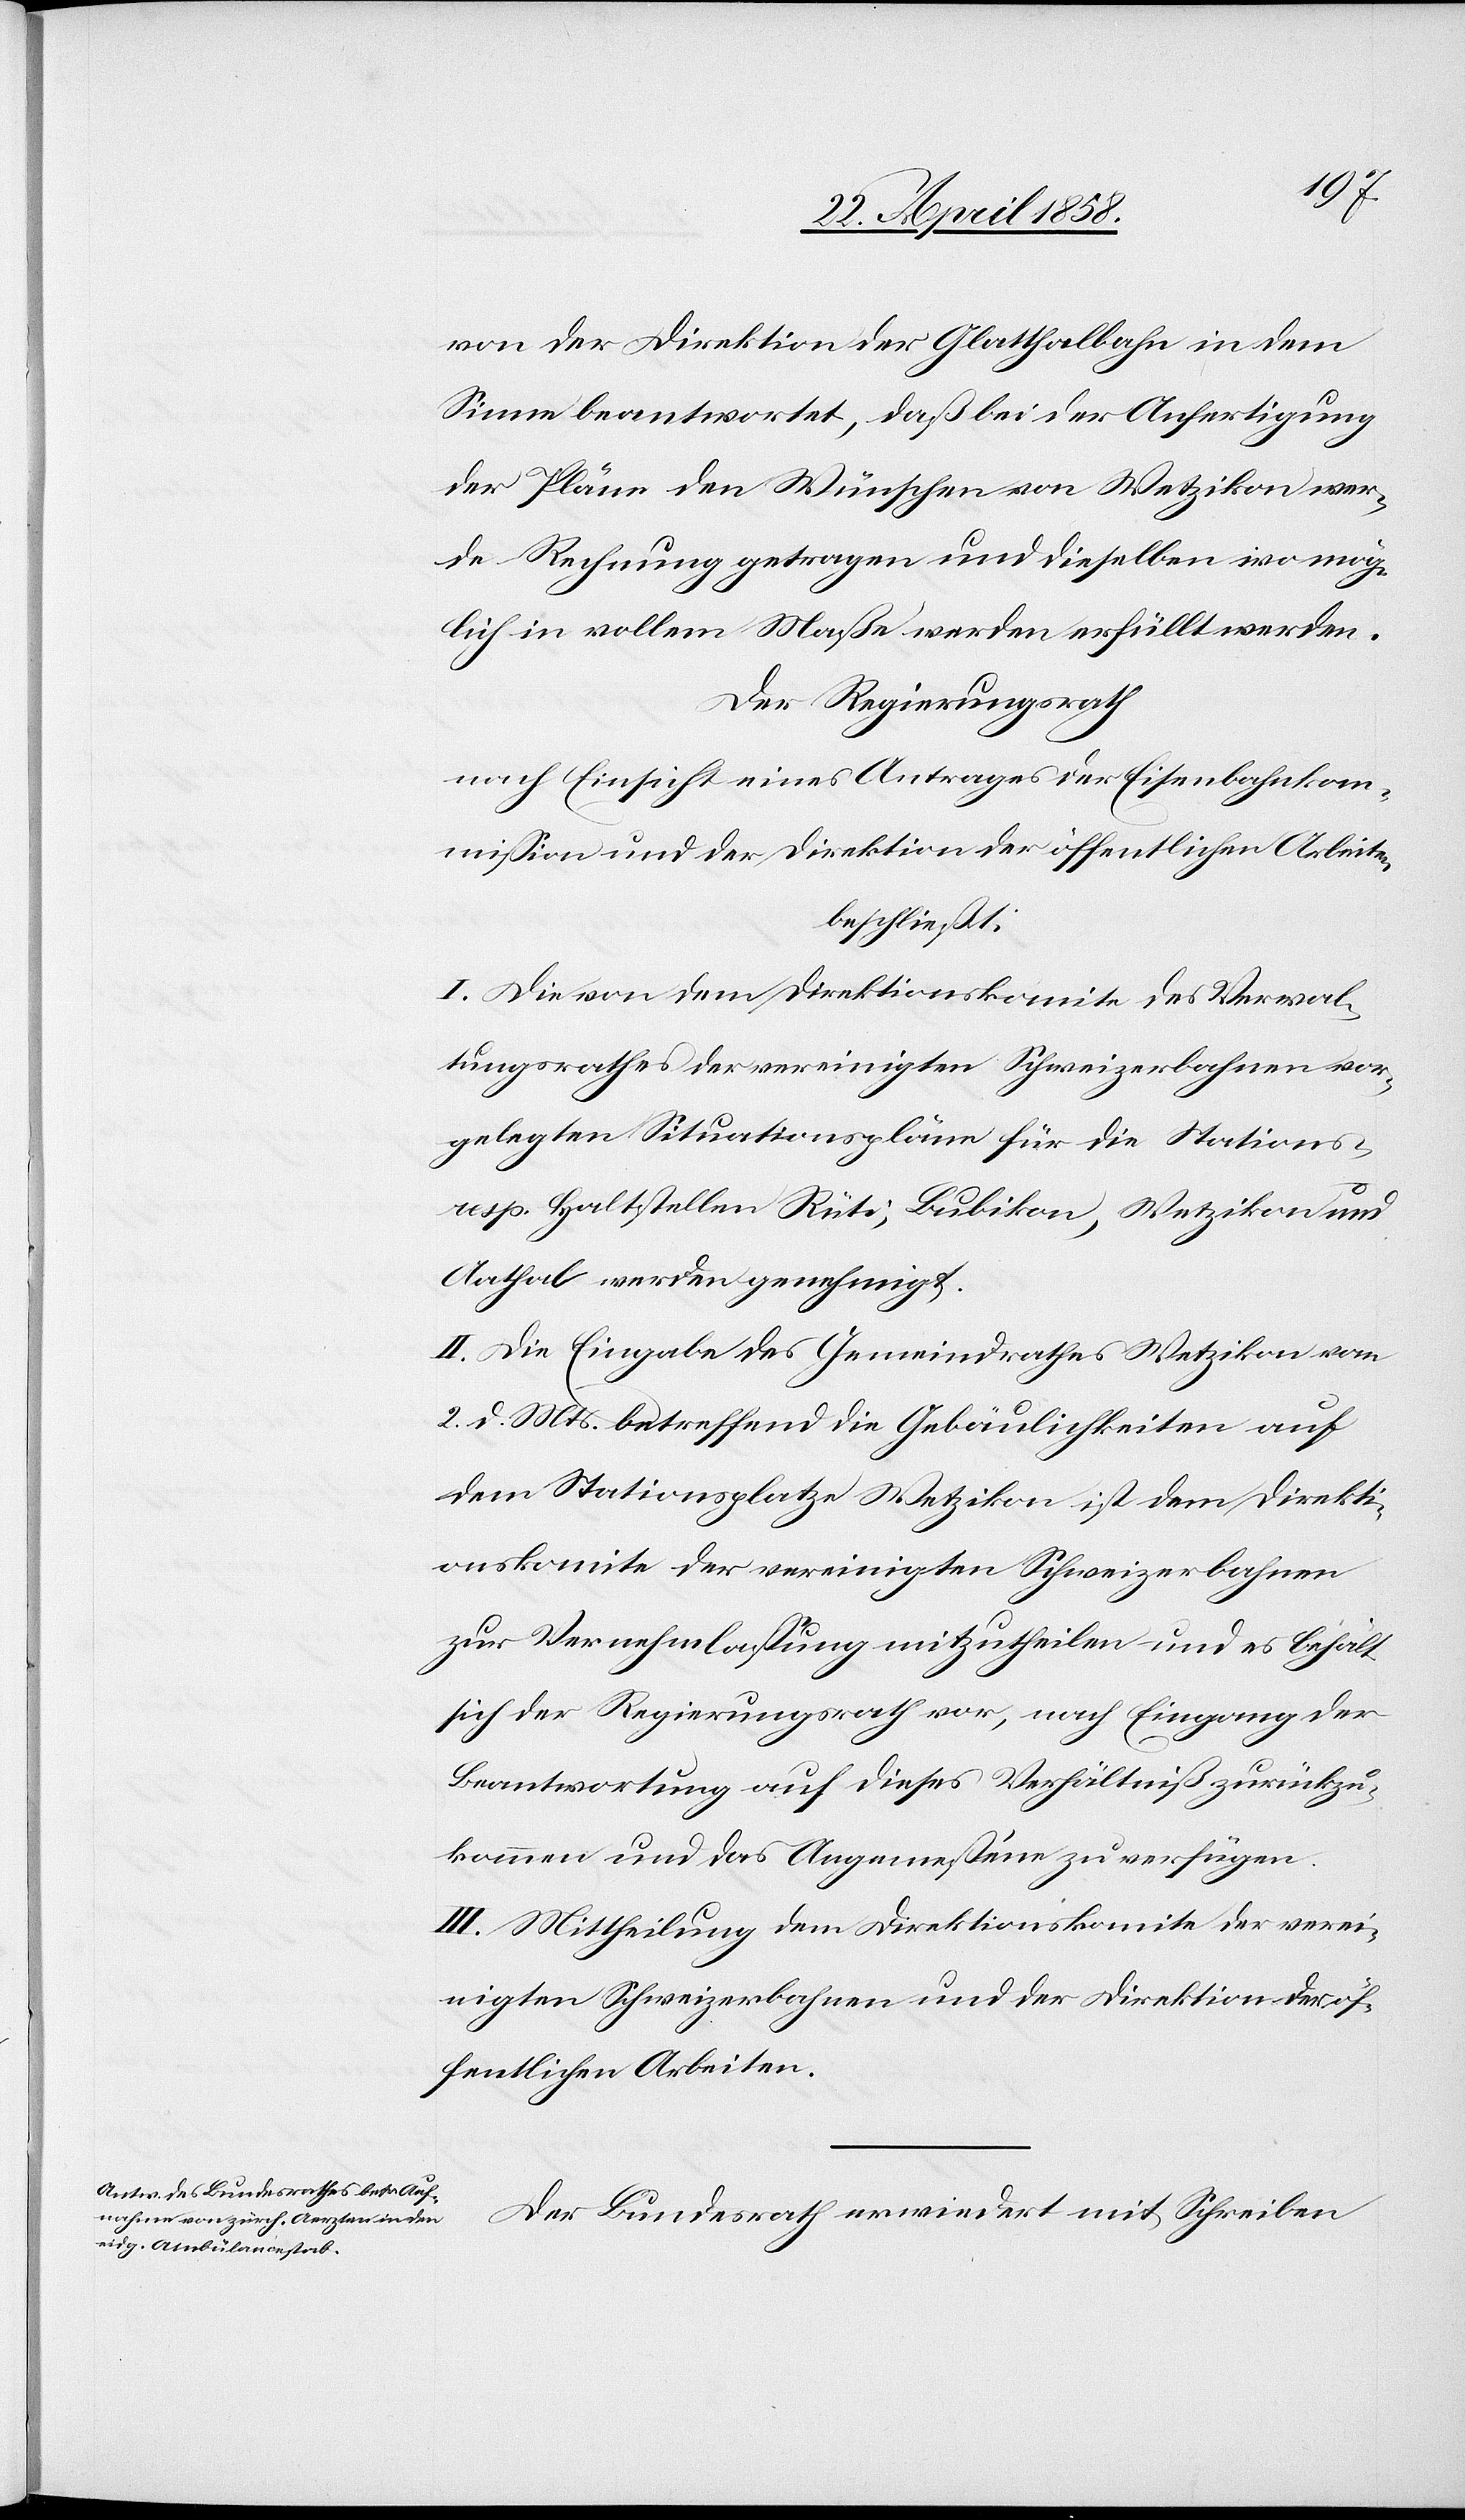
von der Direktion der Glatthalbahn in dem
Sinne beantwortet, daß bei der Anfertigung
der Pläne den Wünschen von Wetzikon wer¬
de Rechnung getragen und dieselben wo mög¬
lich in vollem Maße werden erfüllt werden.
Der Regierungsrath
nach Einsicht eines Antrages der Eisenbahnkom¬
mission und der Direktion der öffentlichen Arbeiten
beschließt:
I. Die von dem Direktionskomite des Verwal¬
tungsrathes der vereinigten Schweizerbahnen vor¬
gelegten Situationspläne für die Stations-
resp. Haltstellen Rüti, Bubikon, Wetzikon und
Aathal werden genehmigt.
II. Die Eingabe des Gemeindrathes Wetzikon vom
2. d. Mts. betreffend die Gebäulichkeiten auf
dem Stationsplatze Wetzikon ist dem Direkti¬
onskomite der vereinigten Schweizerbahnen
zur Vernehmlassung mitzutheilen und es behält
sich der Regierungsrath vor, nach Eingang der
Beantwortung auf dieses Verhältniß zurückzu¬
kommen und das Angemessene zu verfügen.
III. Mittheilung dem Direktionskomite der verei¬
nigten Schweizerbahnen und der Direktion der öf¬
fentlichen Arbeiten.
Der Bundesrath erwiedert mit Schreiben